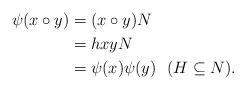
LaTeX: \begin{align*}\psi(x\circ y) & = (x\circ y)N\\~~~~~~~~~~& = hxyN ~\\ ~~~~~~~~~~& = \psi(x) \psi(y)~~(H \subseteq N).\end{align*}